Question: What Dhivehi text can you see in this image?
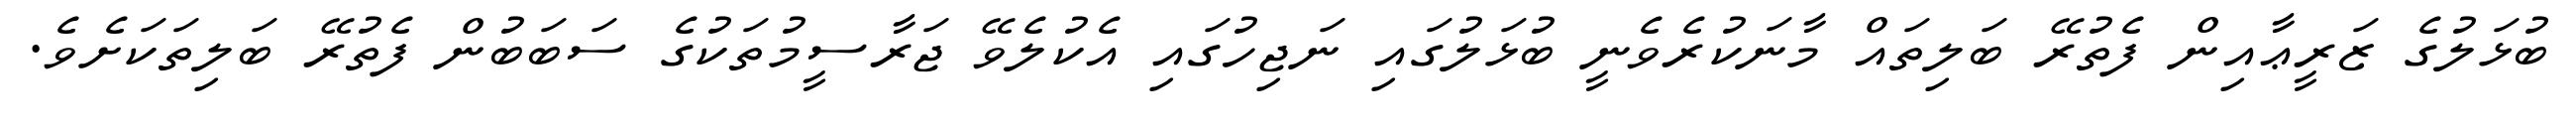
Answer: ބުޅަލުގެ ޒަރީޢާއިން ފެތުރޭ ބަލިތައް މާނަކުރެވެނީ ބުޅަލުގައި ނަޖިހުގައި އެކުލެވޭ ޖަރާސީމުތަކުގެ ސަބަބުން ފެތުރޭ ބަލިތަކަށެވެ.